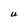
Character: U